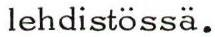
lehdistössä.